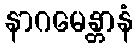
နာဂမေန္တာနံ